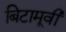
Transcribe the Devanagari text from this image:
बिटामूवी